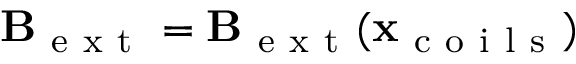
\mathbf B _ { \mathrm { ~ e ~ x ~ t ~ } } = \mathbf B _ { \mathrm { ~ e ~ x ~ t ~ } } ( \mathbf x _ { \mathrm { ~ c ~ o ~ i ~ l ~ s ~ } } )